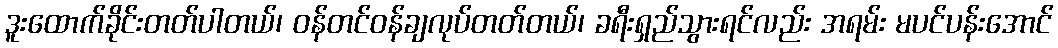
ဒူးထောက်ခိုင်းတတ်ပါတယ်၊ ဝန်တင်ဝန်ချလုပ်တတ်တယ်၊ ခရီးရှည်သွားရင်လည်း အရမ်း မပင်ပန်းအောင်